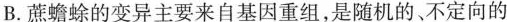
B.蔗蟾蜍的变异主要来自基因重组，是随机的、不定向的